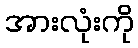
အားလုံးကို